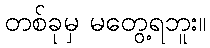
တစ်ခုမှ မတွေ့ရဘူး။